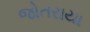
જોતરાયા